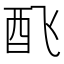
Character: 𲆧